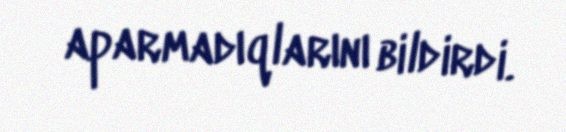
aparmadıqlarını bildirdi.